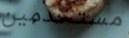
مستخدمين